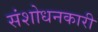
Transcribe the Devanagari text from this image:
संशोधनकारी